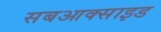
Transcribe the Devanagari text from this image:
सबआक्साइड